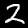
Digit: 2